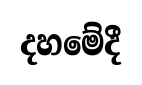
දහමේදී